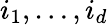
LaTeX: i_{1},\ldots,i_{d}